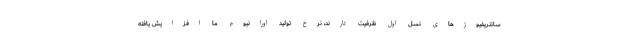
سانتریفیوژهای نسل اول ظرفیت دارند، نرخ تولید اورانیوم ما افزایش یافته